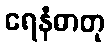
ရေနံဓာတု